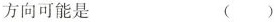
方向可能是 ( )